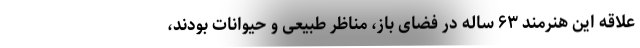
علاقه این هنرمند ۶۳ ساله در فضای باز، مناظر طبیعی و حیوانات بودند،